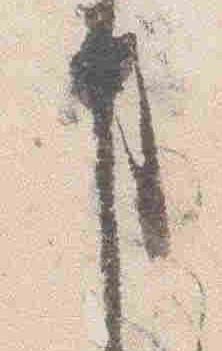
事